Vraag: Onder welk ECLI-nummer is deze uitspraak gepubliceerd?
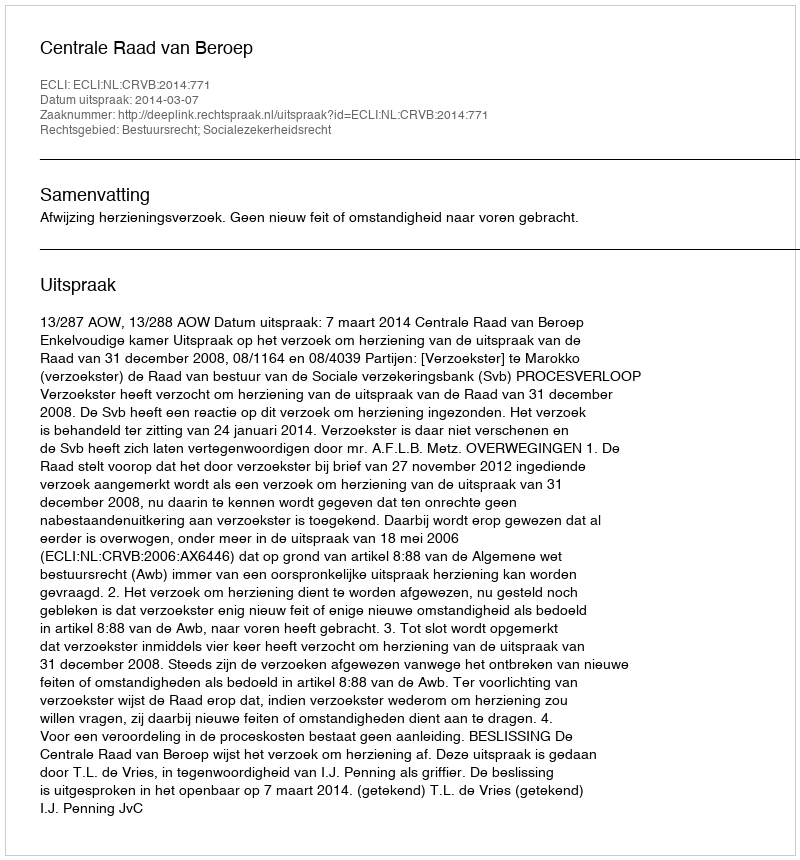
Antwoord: ECLI:NL:CRVB:2014:771